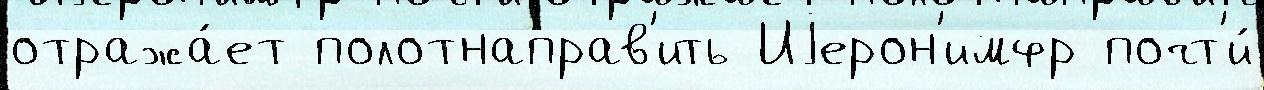
отража́ет полотнаправ'ить Иjерон'имфр почт'и́